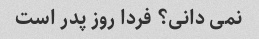
نمی دانی؟ فردا روز پدر است